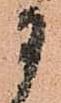
に